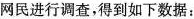
网民进行调查，得到如下数据：